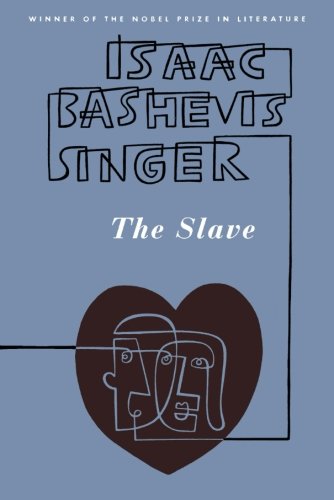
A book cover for The Slave; Isaac Bashevis Singer; Science Fiction & Fantasy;